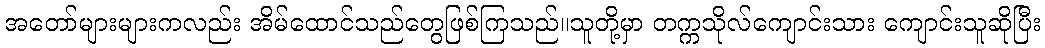
အတော်များများကလည်း အိမ်ထောင်သည်တွေဖြစ်ကြသည်။သူတို့မှာ တက္ကသိုလ်ကျောင်းသား ကျောင်းသူဆိုပြီး